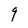
Character: 9